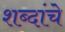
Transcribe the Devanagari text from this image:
शब्दांंचे